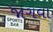
જાગવા